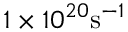
1 \times 1 0 ^ { 2 0 } \mathrm { s } ^ { - 1 }